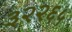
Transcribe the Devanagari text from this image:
३२२६५